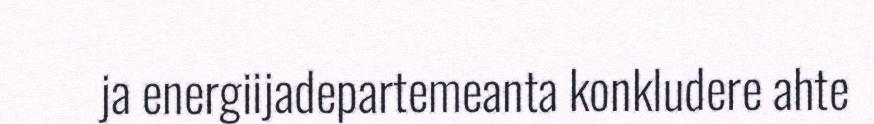
ja energiijadepartemeanta konkludere ahte